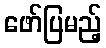
ဖော်ပြမည့်